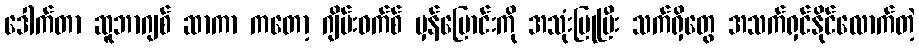
ဒေါက်တာ ဆူဘာဂျစ် ဆာကာ ကတော့ ဂျိမ်းဝက်စ် မှန်ပြောင်းကို အသုံးပြုပြီး သက်ရှိတွေ အသက်ရှင်နိုင်လောက်တဲ့